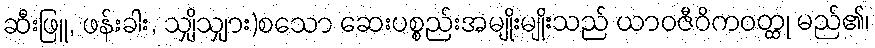
ဆီးဖြူ, ဖန်းခါး, သျှိသျှား)စသော ဆေးပစ္စည်းအမျိုးမျိုးသည် ယာဝဇီဝိကဝတ္ထု မည်၏၊